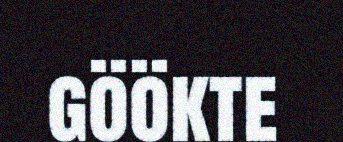
göökte